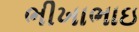
ભીખાભાઇ